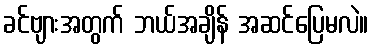
ခင်ဗျားအတွက် ဘယ်အချိန် အဆင်ပြေမလဲ။